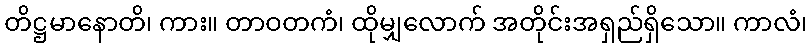
တိဋ္ဌမာနောတိ၊ ကား။ တာဝတကံ၊ ထိုမျှလောက် အတိုင်းအရှည်ရှိသော။ ကာလံ၊